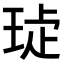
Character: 𤥩